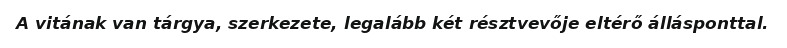
A vitának van tárgya, szerkezete, legalább két résztvevője eltérő állásponttal.